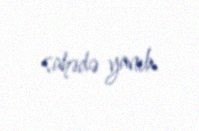
sahədə yanıb.